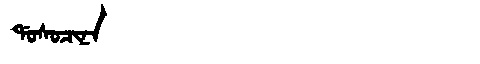
Manchu: ᡩᠣᠰᠣᠴᡳᠨᠠ
Romanization: DOSOCINA